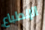
الإنطباع